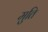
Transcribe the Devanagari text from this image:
मुति